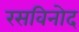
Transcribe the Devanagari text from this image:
रसविनोद